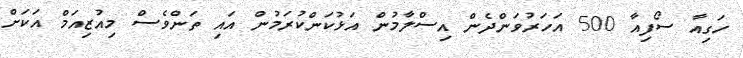
ހަގިއާ ސޯފިއާ 500 އަހަރުވަންދެން އިސްލާމުން އަޅުކަންކުރަމުން އައި ތަންވެސް މިއުޒިއަމް އަކަށް